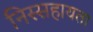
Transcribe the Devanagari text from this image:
निस्सहायता